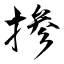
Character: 掺